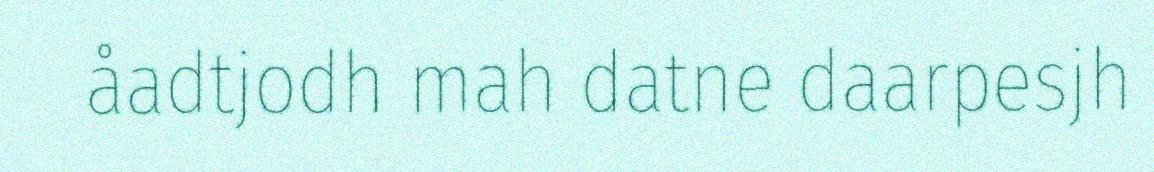
åadtjodh mah datne daarpesjh